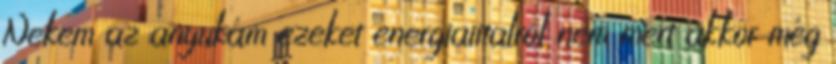
Nekem az anyukám ezeket energiaiitalról nem mert akkor még